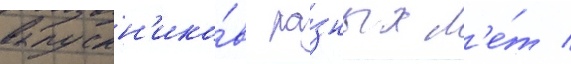
выпускн'ико́в ра́зных л'е́т /